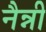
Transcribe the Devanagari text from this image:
नैन्नी